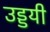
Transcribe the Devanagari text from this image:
उड्डयी